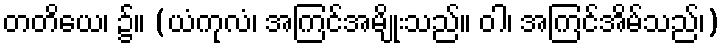
တတိယေ၊ ၌။ (ယံကုလံ၊ အကြင်အမျိုးသည်။ ဝါ၊ အကြင်အိမ်သည်၊)